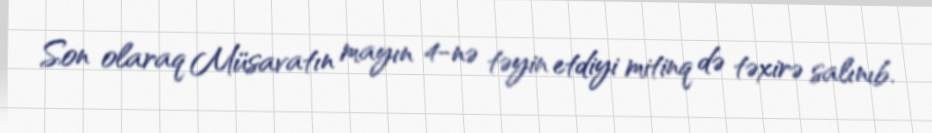
Son olaraq Müsavatın mayın 4-nə təyin etdiyi mitinq də təxirə salınıb.